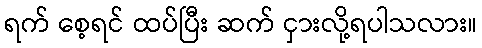
ရက် စေ့ရင် ထပ်ပြီး ဆက် ငှားလို့ရပါသလား။